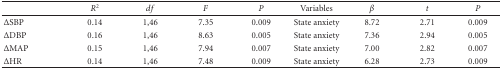
|  | R2 | df | F | P | Variables | β | t | P |
 | --- | --- | --- | --- | --- | --- | --- | --- | --- |
 | ΔSBP | 0.14 | 1,46 | 7.35 | 0.009 | State anxiety | 8.72 | 2.71 | 0.009 |
 | ΔDBP | 0.16 | 1,46 | 8.63 | 0.005 | State anxiety | 7.36 | 2.94 | 0.005 |
 | ΔMAP | 0.15 | 1,46 | 7.94 | 0.007 | State anxiety | 7.00 | 2.82 | 0.007 |
 | ΔHR | 0.14 | 1,46 | 7.48 | 0.009 | State anxiety | 6.28 | 2.73 | 0.009 |